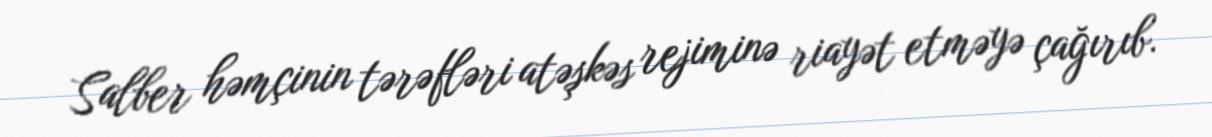
Salber həmçinin tərəfləri atəşkəs rejiminə riayət etməyə çağırıb.